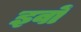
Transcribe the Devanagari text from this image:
इवों